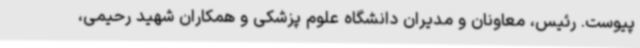
پیوست. رئیس، معاونان و مدیران دانشگاه علوم پزشکی و همکاران شهید رحیمی،